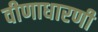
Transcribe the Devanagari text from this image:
वीणाधारणी